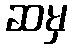
ဆမှ